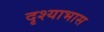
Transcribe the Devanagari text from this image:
दृश्याभास